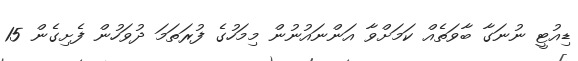
ޑިއުޓީ ނުނަގާ ބާވަތެއް ކަމަށްވާ އަންނައުނުން މިމަހުގެ ފުރަތަމަ ދުވަހުން ފެށިގެން 15